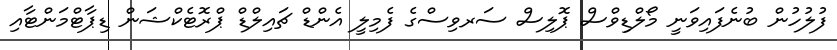
ފުލުހުން ބުނެފައިވަނީ މޯލްޑިވްސް ޕޮލިސް ސަރވިސްގެ ފެމިލީ އެންޑް ޗައިލްޑް ޕްރޮޓެކްޝަން ޑިޕާޓްމަންޓާއި